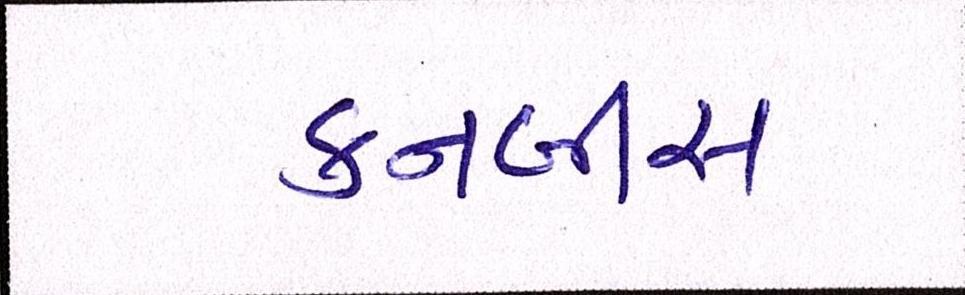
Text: કનબીસ